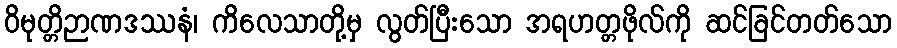
ဝိမုတ္တိဉာဏဒဿနံ၊ ကိလေသာတို့မှ လွတ်ပြီးသော အရဟတ္တဖိုလ်ကို ဆင်ခြင်တတ်သော